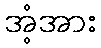
အံ့အား